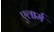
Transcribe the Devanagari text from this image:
एलार्म